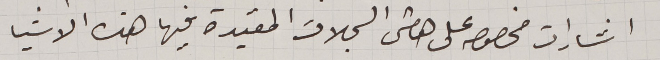
اشارات مخصوص على هامش السجلات المقيدة فيها هذه الاشيا